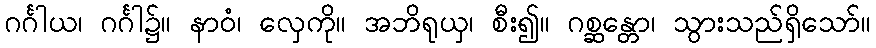
ဂင်္ဂါယ၊ ဂင်္ဂါ၌။ နာဝံ၊ လှေကို။ အဘိရုယှ၊ စီး၍။ ဂစ္ဆန္တော၊ သွားသည်ရှိသော်။